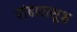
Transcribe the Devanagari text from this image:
पांढाराशुभ्र